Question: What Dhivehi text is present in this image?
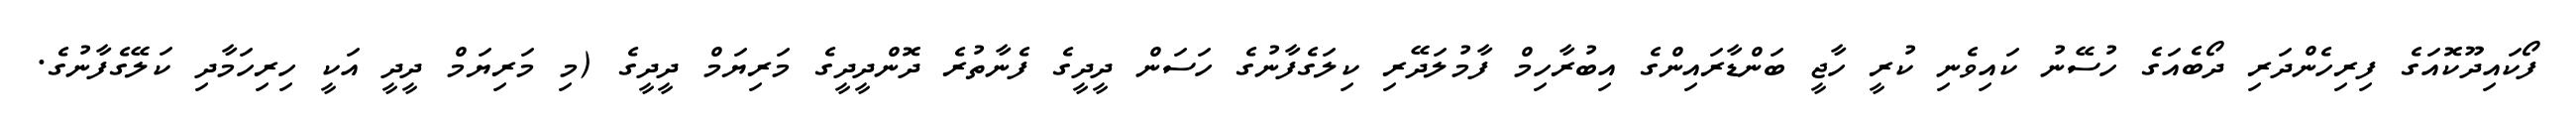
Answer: ފޯކައިދޫކޮއަގެ ފިރިހެންދަރި ދޯބެއަގެ ހުސޭނު ކައިވެނި ކުރީ ހާޖީ ބަންޑާރައިންގެ އިބުރާހިމް ފާމުލަދޭރި ކިލަގެފާނުގެ ހަސަން ދީދީގެ ފެނާތުރެ ދޮންދީދީގެ މަރިޔަމް ދީދީގެ (މި މަރިޔަމް ދީދީ އަކީ ހިރިހަމާދި ކަލޭގެފާނުގެ.